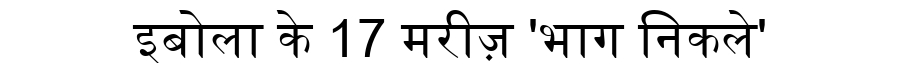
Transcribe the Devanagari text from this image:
इबोला के 17 मरीज़ 'भाग निकले'